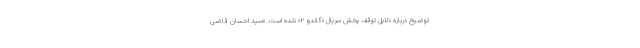
توضیح درباره دلایل توقف پخش سریال «گاندو ۲» شده است. «سید احسان قاضی